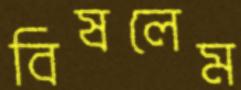
বিষলেম